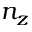
n _ { z }